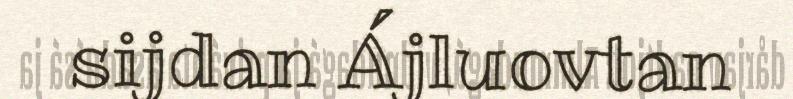
sijdan Ájluovtan